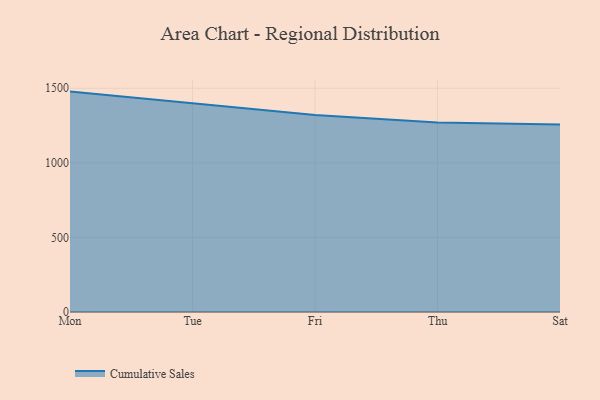
{"axis": {"x": "Day", "y": "Gross Profit (USD K)"}, "legend": ["Cumulative Sales"], "data": [{"x": "Mon", "y": 1477.8, "type": "Cumulative Sales"}, {"x": "Tue", "y": 1401.0, "type": "Cumulative Sales"}, {"x": "Fri", "y": 1321.3, "type": "Cumulative Sales"}, {"x": "Thu", "y": 1271.3, "type": "Cumulative Sales"}, {"x": "Sat", "y": 1257.4, "type": "Cumulative Sales"}]}